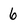
Character: 6